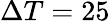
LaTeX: \Delta T=25